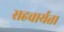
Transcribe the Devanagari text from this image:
सहचार्यता